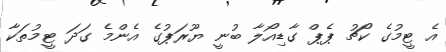
އެ ޓީމުގެ ކޯޗު ޕެޕް ގާޑިއޯލާ ބުނީ ޔޫރަޕުގެ އެންމެ ގަދަ ޓީމުތަކާ